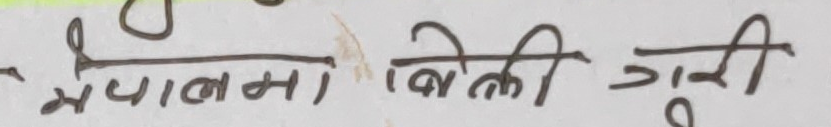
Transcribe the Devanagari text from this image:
नेपालमा बिक्री गरी